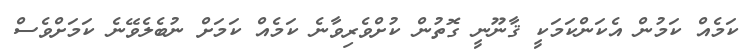
ކަމެއް ކަމުން އެކަންކަމަކީ ޤާނޫނީ ގޮތުން ކުށްވެރިވާނެ ކަމެއް ކަމަށް ނުބެލެވޭނެ ކަމަށްވެސް